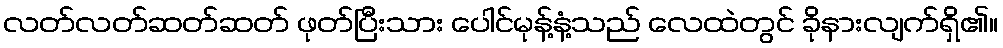
လတ်လတ်ဆတ်ဆတ် ဖုတ်ပြီးသား ပေါင်မုန့်နံ့သည် လေထဲတွင် ခိုနားလျက်ရှိ၏။